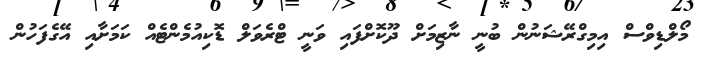
މޯލްޑިވްސް އިމިގްރޭޝަނުން ބުނީ ނާޒިމަށް ދޫކޮށްފައި ވަނީ ޓްރެވަލް ޑޮކިއުމެންޓެއް ކަމަށާއި އޭގެފަހުން